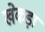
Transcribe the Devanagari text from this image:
खेकड़ा